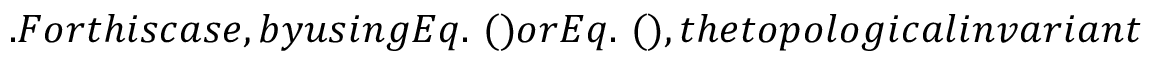
. F o r t h i s c a s e , b y u s i n g E q . ~ ( ) o r E q . ~ ( ) , t h e t o p o l o g i c a l i n v a r i a n t